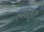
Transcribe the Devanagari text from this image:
हलसूर